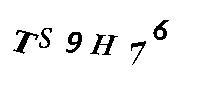
TS9H76